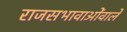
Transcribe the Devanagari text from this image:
राजसभावाओंवाले